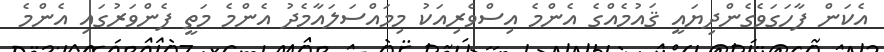
އެކަން ފާހަގަވެގެންދިޔައީ ޤައުމެއްގެ އެންމެ އިސްވެރިއަކު މިމައްސަލައާމެދު އެންމެ މަތީ ފެންވަރުގައި އެންމެ